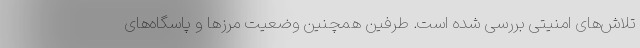
تلاش‌های امنیتی بررسی شده است. طرفین همچنین وضعیت مرزها و پاسگاه‌های